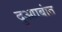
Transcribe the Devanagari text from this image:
दुआाबांत